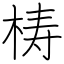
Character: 梼